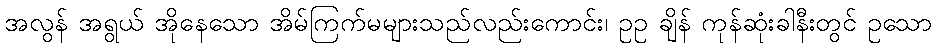
အလွန် အရွယ် အိုနေသော အိမ်ကြက်မများသည်လည်းကောင်း၊ ဥဥ ချိန် ကုန်ဆုံးခါနီးတွင် ဥသော